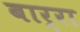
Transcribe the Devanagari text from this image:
बार्रा